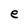
Character: e